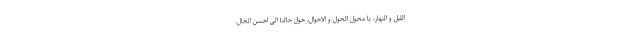
اللیل و النّهار، یا محوّل الحول و الاحوال، حوّل حالنا الی احسن الحال.